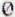
0